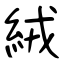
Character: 絨